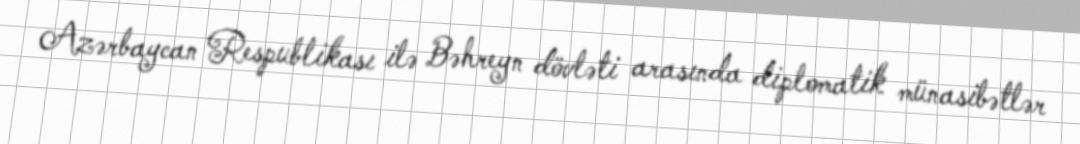
Azərbaycan Respublikası ilə Bəhreyn dövləti arasında diplomatik münasibətlər